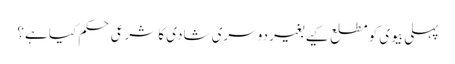
پہلی بیوی کو مطلع کیے بغیر دوسری شادی کا شرعی حکم کیا ہے؟